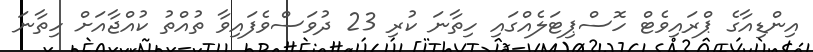
އިންޑިއާގެ ޕްރައިވެޓް ހޮސްޕިޓަލެއްގައި ހިތާނަ ކުރި 23 ދުވަސްވެފައިވާ ތުއްތު ކުއްޖާއަށް ހިތާނަ